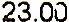
23.00